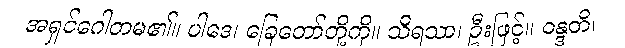
အရှင်ဂေါတမ၏။ ပါဒေ၊ ခြေတော်တို့ကို။ သိရသာ၊ ဦးဖြင့်။ ဝန္ဒတိ၊